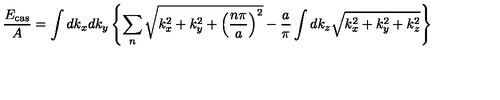
\frac { E _ { \mathrm { c a s } } } { A } = \int d k _ { x } d k _ { y } \left\{ \sum _ { n } \sqrt { k _ { x } ^ { 2 } + k _ { y } ^ { 2 } + \left( \frac { n \pi } { a } \right) ^ { 2 } } - \frac { a } { \pi } \int d k _ { z } \sqrt { k _ { x } ^ { 2 } + k _ { y } ^ { 2 } + k _ { z } ^ { 2 } } \right\}